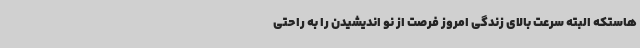
هاستکه البته سرعت بالای زندگی امروز فرصت از نو اندیشیدن را به راحتی